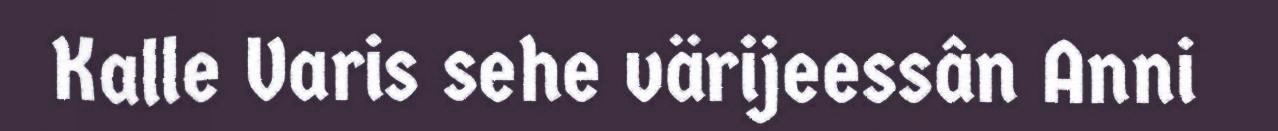
Kalle Varis sehe värijeessân Anni